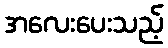
အလေးပေးသည့်